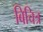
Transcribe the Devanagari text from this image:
बिचित्र